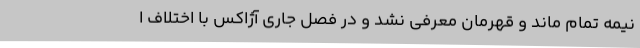
نیمه تمام ماند و قهرمان معرفی نشد و در فصل جاری آژاکس با اختلاف ا